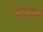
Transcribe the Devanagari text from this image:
बेटालाच